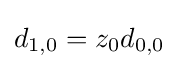
d_{1,0}=z_{0}d_{0,0}